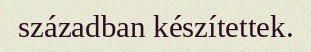
században készítettek.